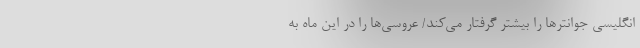
انگلیسی جوانتر‌ها را بیشتر گرفتار می‌کند/ عروسی‌ها را در این ماه به